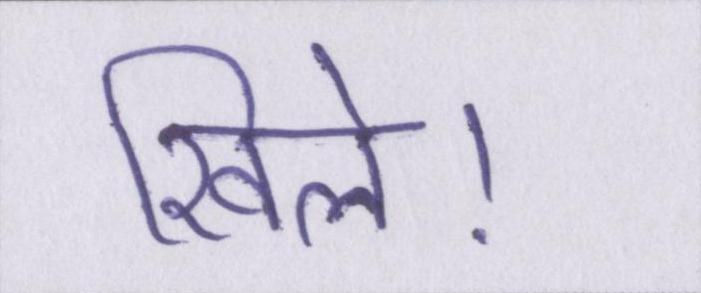
खिले।